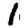
Digit: 1